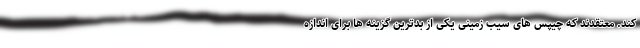
کند. معتقدند که چیپس های سیب زمینی یکی از بدترین گزینه ها برای اندازه